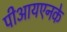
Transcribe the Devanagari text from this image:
पीआयएनके